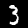
Digit: 3